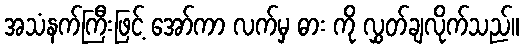
အသံနက်ကြီးဖြင့် အော်ကာ လက်မှ ဓား ကို လွှတ်ချလိုက်သည်။